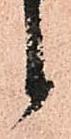
候